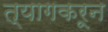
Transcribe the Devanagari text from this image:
त्यागकरून